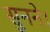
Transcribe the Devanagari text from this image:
सुनने।